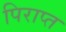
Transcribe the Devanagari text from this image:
पिराप्त